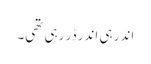
اندر ہی اندر ڈر رہی تھی۔